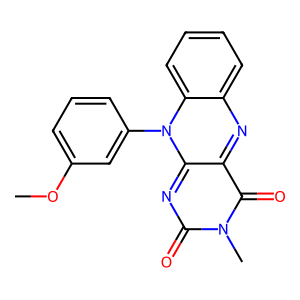
SMILES: COc1cccc(-n2c3nc(=O)n(C)c(=O)c-3nc3ccccc32)c1
Inhibits HIV replication: No